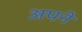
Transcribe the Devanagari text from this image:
अपने